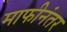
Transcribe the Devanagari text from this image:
माफीनंतर